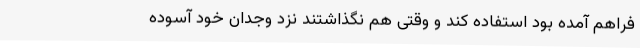
فراهم آمده بود استفاده کند و وقتی هم نگذاشتند نزد وجدان خود آسوده